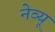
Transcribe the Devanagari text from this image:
नेव्यू